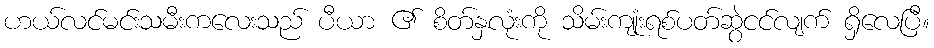
ဟယ်လင်မင်းသမီးကလေးသည် ပီယာ ၏ စိတ်နှလုံးကို သိမ်းကျုံးရစ်ပတ်ဆွဲငင်လျက် ရှိလေပြီ။